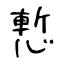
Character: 慙